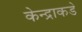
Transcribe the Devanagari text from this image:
केन्द्राकडे